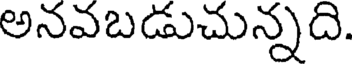
అనవబడుచున్నది.